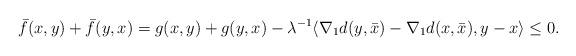
LaTeX: \begin{align*}\bar{f}(x,y)+\bar{f}(y,x) & = g(x,y)+g (y,x)-\lambda^{-1} \langle \nabla_{1} d(y,\bar{x})- \nabla_{1} d(x,\bar{x}),y-x\rangle \leq 0.\end{align*}